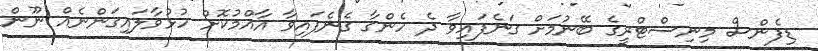
ޑިފެންސް މިނިސްޓްރީގެ ބޭނުމަށް ގަނެފައިވާ ދެ ހެންގާ ގެނެފައިވާ އާއްމުކޮށް ހުޅުވާލައިގަންނެއް ނޫން